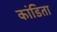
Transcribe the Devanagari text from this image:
कांडिता